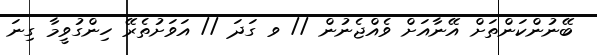
ބޭނުންކަންތަށް އޭނާއަށް ވެއްޖެނުން // ވ ގަދަ // އަވަށުތެރޭ ހިންގުވީމާ ގިނަ